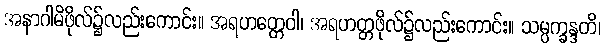
အနာဂါမိဖိုလ်၌လည်းကောင်း။ အရဟတ္တေဝါ၊ အရဟတ္တဖိုလ်၌လည်းကောင်း။ သမ္ပက္ခန္ဒတိ၊